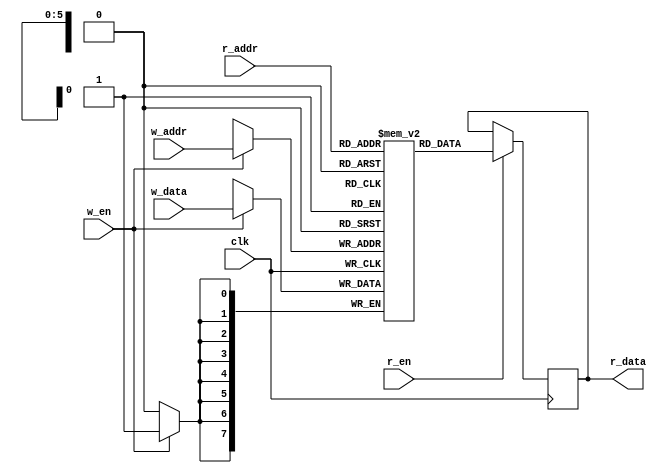
`timescale 1ns/1ps

module iob_2p_ram
  #( 
     parameter DATA_W = 8,
     parameter ADDR_W = 6,
     parameter USE_RAM = 1
     ) 
   (
    input                   clk,

    //write port
    input                   w_en,
    input [ADDR_W-1:0]      w_addr,
    input [DATA_W-1:0]      w_data,

    //read port
    input                   r_en,
    input [ADDR_W-1:0]      r_addr,
    output reg [DATA_W-1:0] r_data
    );

   //memory declaration
   reg [DATA_W-1:0]         mem [2**ADDR_W-1:0];

   //write
   always@(posedge clk)
     if(w_en)
       mem[w_addr] <= w_data;

   //read mode depends on mem implementation, as ram or reg
   generate
      if(USE_RAM)
        always@(posedge clk)  begin
           if(r_en)
             r_data <= mem[r_addr];
        end
      else //use reg file
        always@* r_data = mem[r_addr];
   endgenerate

endmodule